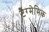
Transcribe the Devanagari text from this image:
टैग्मेमिक